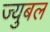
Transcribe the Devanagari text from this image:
ज्युबल